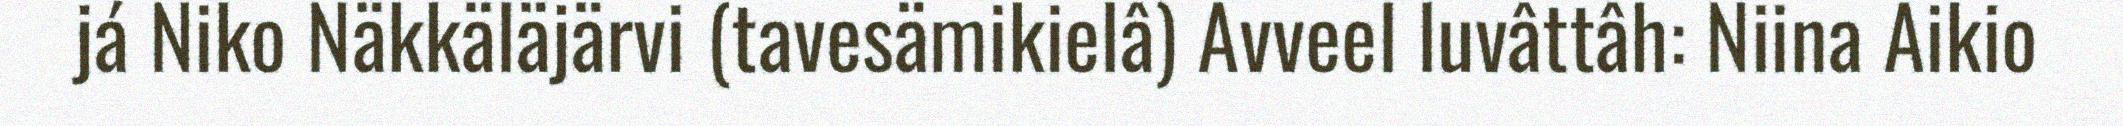
já Niko Näkkäläjärvi (tavesämikielâ) Avveel luvâttâh: Niina Aikio